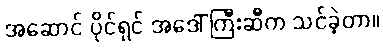
အဆောင် ပိုင်ရှင် အဒေါ်ကြီးဆီက သင်ခဲ့တာ။